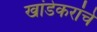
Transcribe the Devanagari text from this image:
खांडेकरांचे